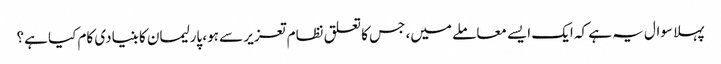
پہلا سوال یہ ہے کہ ایک ایسے معاملے میں، جس کا تعلق نظام تعزیر سے ہو، پارلیمان کا بنیادی کام کیا ہے؟